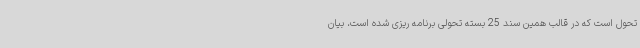
تحول است که در قالب همین سند 25 بسته تحولی برنامه ریزی شده است، بیان